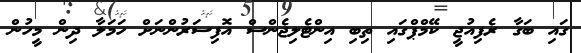
ގައި ބަގާ ރެފިއުޖީ ކޭމްޕްގައި ތިބި އިންޓެލިޖެންސް އޮފިސަރުންނަށް ހަމަލާ ދިން މީހުން